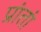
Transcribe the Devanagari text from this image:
प्रांतां